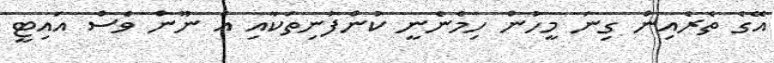
އޭގެ ތެރެއިން ގިނަ މީހުން ހިމެނެނީ ކުންފުނިތަކާއި އެ ނޫން ވެސް އައިޓީ